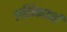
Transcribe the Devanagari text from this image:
लसिकापर्वों